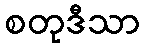
စတုဒီသာ